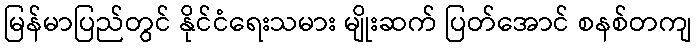
မြန်မာပြည်တွင် နိုင်ငံရေးသမား မျိုးဆက် ပြတ်အောင် စနစ်တကျ